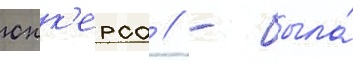
юнк'ерса // - была́